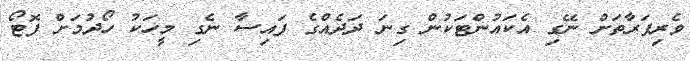
ވެރިފަރާތަށް ނޭގި އެކައުންޓަކުން ގިނަ ދަދެއްގެ ފައިސާ ނެގި މީހަކު ހޯދުމަށް ފޮޓޯ